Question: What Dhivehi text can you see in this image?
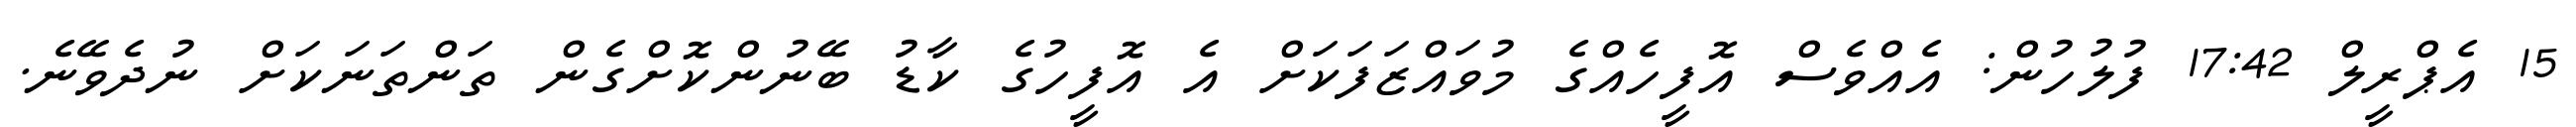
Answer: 15 އެޕްރީލް 17:42 ފުލުހުން: އެއްވެސް އޮފީހެއްގެ މުވައްޒަފަކަށް އެ އޮފީހުގެ ކާޑު ބޭނުންކޮށްގެން ތަންތަނަކަށް ނުދެވޭނެ.